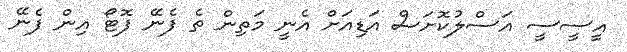
އީސީސީ އަސްލުކޮށަސް އަޑިއަށް އެނީ މަތިން ތެ ފެނޭ ފޮޓޯ އިން ފެނޭ